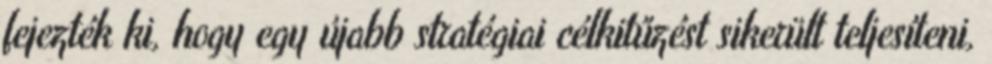
fejezték ki, hogy egy újabb stratégiai célkitűzést sikerült teljesíteni,